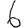
Digit: 6